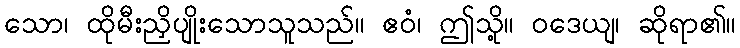
သော၊ ထိုမီးညှိပျိုးသောသူသည်။ ဧဝံ၊ ဤသို့။ ဝဒေယျ၊ ဆိုရာ၏။